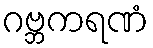
ဂဗ္ဘကရဏံ